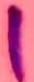
Text: 1